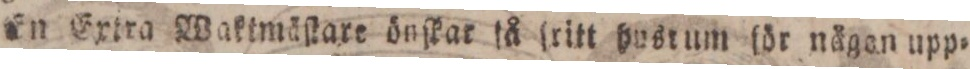
En Extra Waktmäſtare önſkar få ſritt hystum för nägan upp=